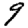
Digit: 9